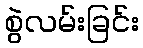
စွဲလမ်းခြင်း